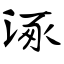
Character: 涿